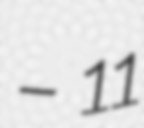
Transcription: – 11